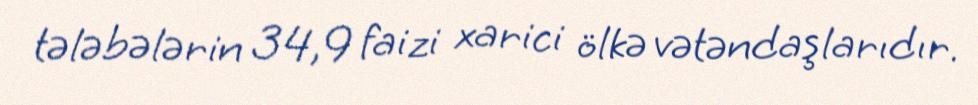
tələbələrin 34,9 faizi xarici ölkə vətəndaşlarıdır.